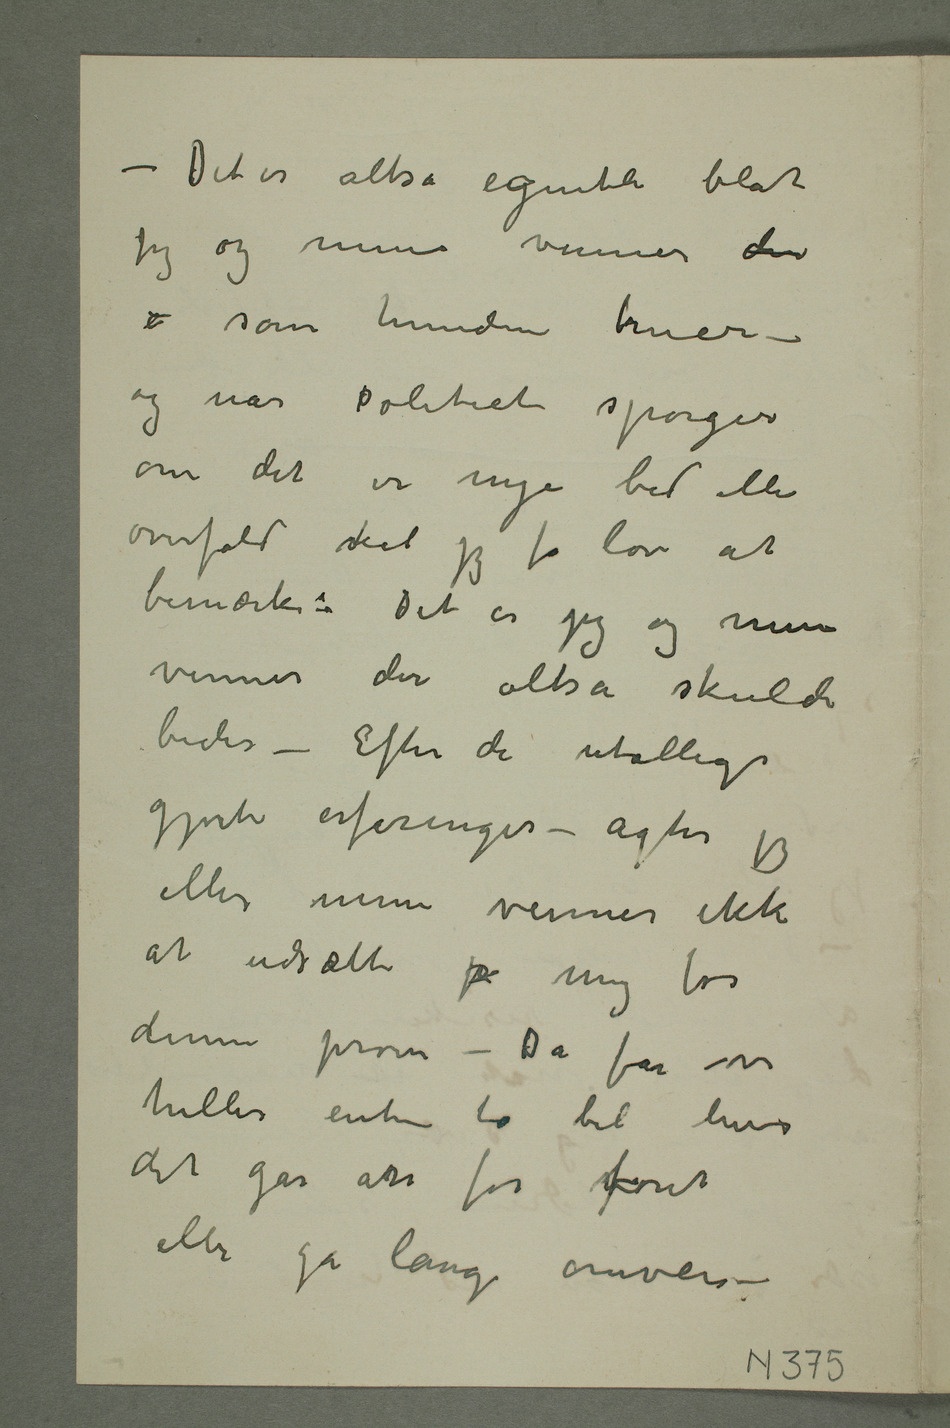
– Det er altså egenteli blot
jeg og mine venner der
e som hunden truer –
og når Politiet spørger
om det er nye bid eller
overfald skal jeg få lov at
bemærke: Det er jeg og mine
venner der altså skulde
bides – Efter de utallige
gjorte erfaringer – agter jeg
eller mine venner ikke
at udsætte p mig for
denne prøven – Da får vi
heller enten ta bil hvis
det går atn for føret
eller gå lange omveie